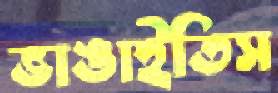
ভাঙাইতিস